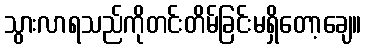
သွားလာရသည်ကိုတင်းတိမ်ခြင်းမရှိတော့ချေ။